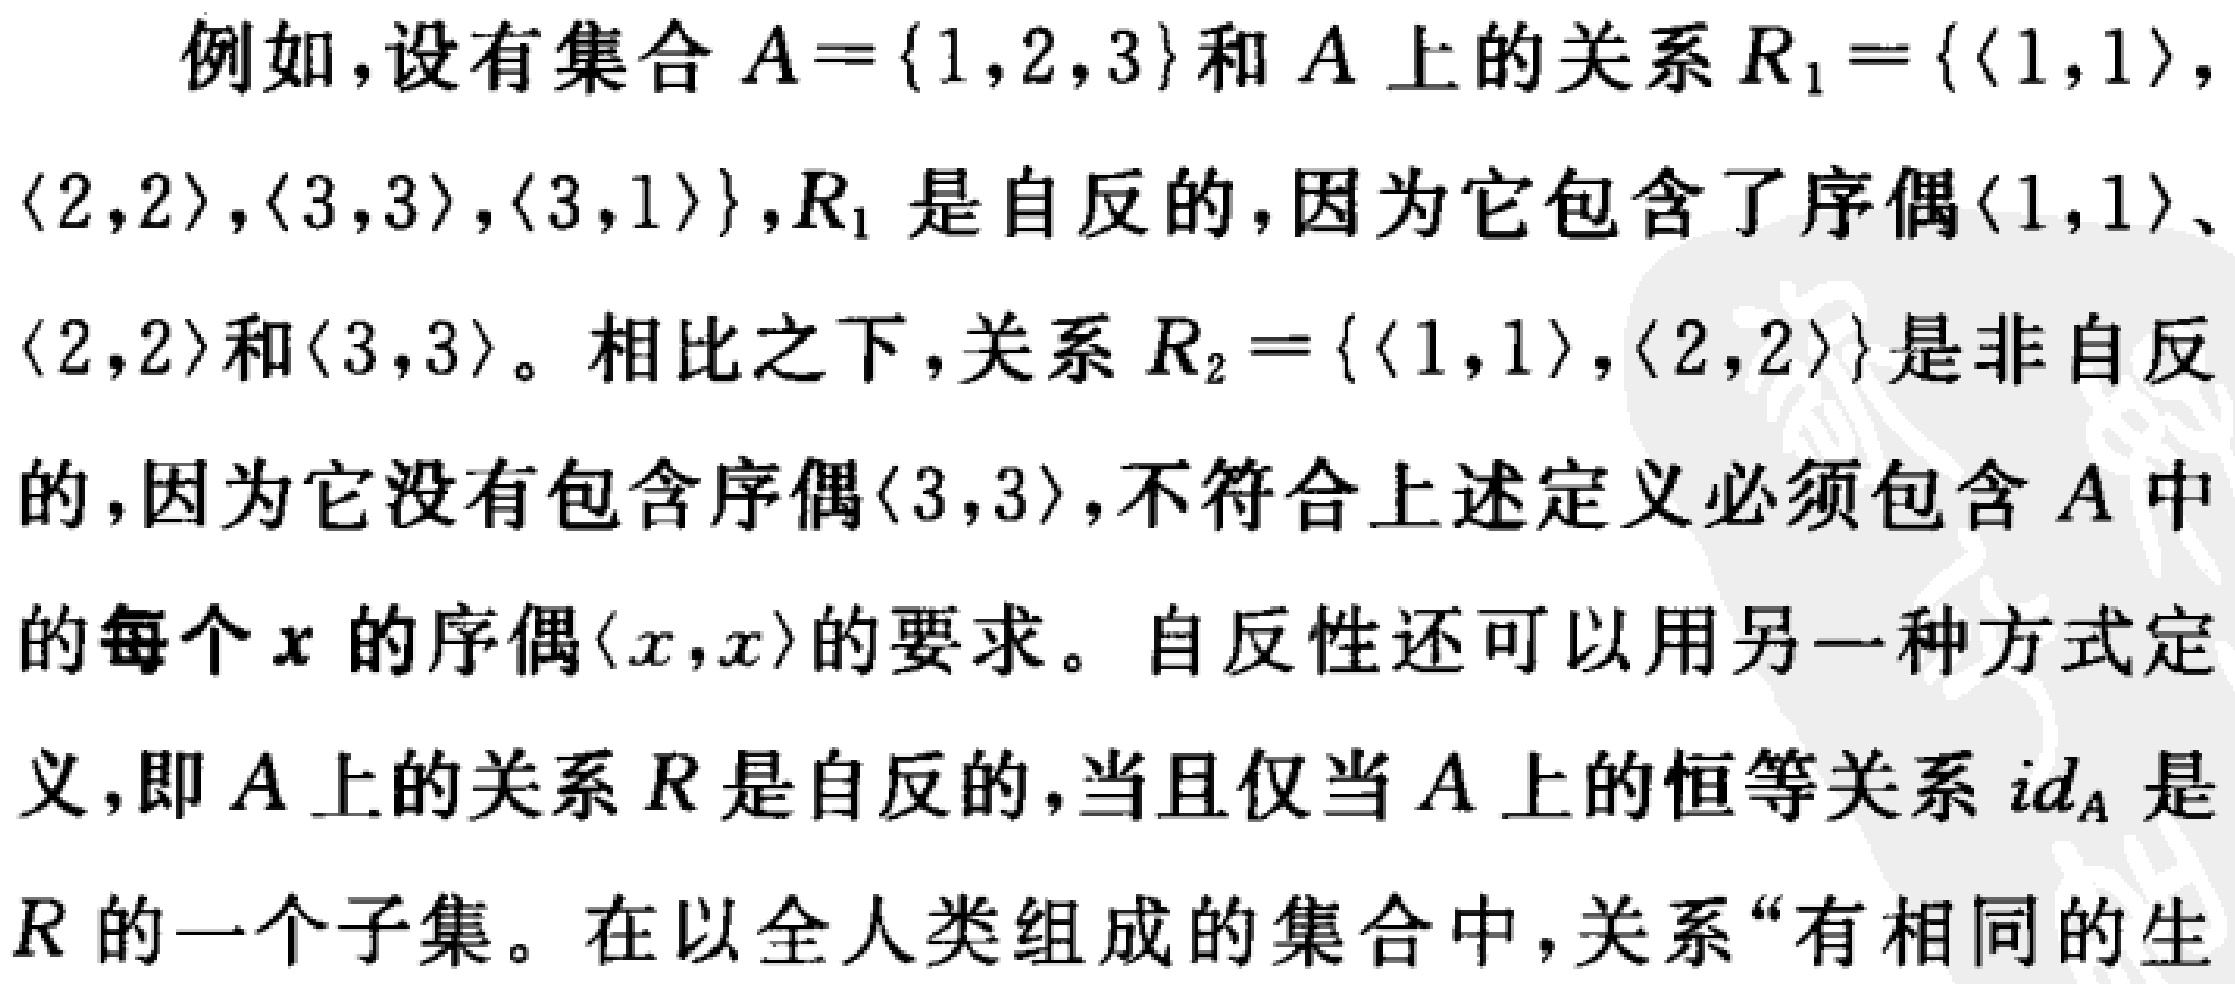
例如，设有集合 \(A = \{1,2,3\}\) 和 \(A\) 上的关系 \(R_1=\{\langle 1,1\rangle,\langle 2,2\rangle,\langle 3,3\rangle,\langle 3,1\rangle\}\)，\(R_1\) 是自反的，因为它包含了序偶 \(\langle 1,1\rangle\)、\(\langle 2,2\rangle\)和\(\langle 3,3\rangle\)。相比之下，关系 \(R_2 = \{\langle 1,1\rangle,\langle 2,2\rangle\}\) 是非自反的，因为它没有包含序偶\(\langle 3,3\rangle\)，不符合上述定义必须包含 \(A\) 中的每个 \(x\) 的序偶\(\langle x,x\rangle\)的要求。自反性还可以用另一种方式定义，即 \(A\) 上的关系 \(R\) 是自反的，当且仅当 \(A\) 上的恒等关系 \(id_A\) 是 \(R\) 的一个子集。在以全人类组成的集合中，关系“有相同的生